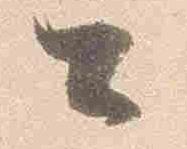
公